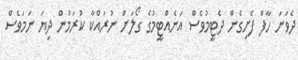
ދެވަނަ ހާފް ފެށިގެން ދެޓީމުވެސް އަނެއްޓީމުގެ ގޯލަށް ނުރައްކާ ކުރަމުން ދިޔަ ނަމަވެސް